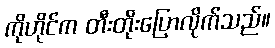
ကိုဟိုင်က တီးတိုးပြောလိုက်သည်။